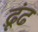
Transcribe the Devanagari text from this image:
ढ़ूंढ